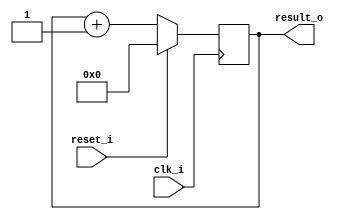
module counter(
   input clk_i,
   input reset_i,
   output [CNT_WIDTH - 1:0] result_o
);
   parameter CNT_WIDTH = 10;
   parameter DEFAULT_VALUE = 0;
   
   reg [CNT_WIDTH - 1:0] cnt;
   assign result_o = cnt;
   
   always @ (posedge clk_i) begin
      if (reset_i) begin
         cnt <= DEFAULT_VALUE;
      end else begin
         cnt <= cnt + 1;
      end
   end
endmodule